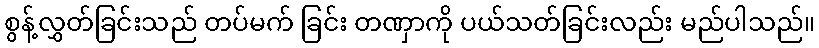
စွန့်လွှတ်ခြင်းသည် တပ်မက် ခြင်း တဏှာကို ပယ်သတ်ခြင်းလည်း မည်ပါသည်။